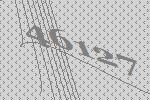
46127